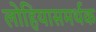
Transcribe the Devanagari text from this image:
लोहियासमर्थक